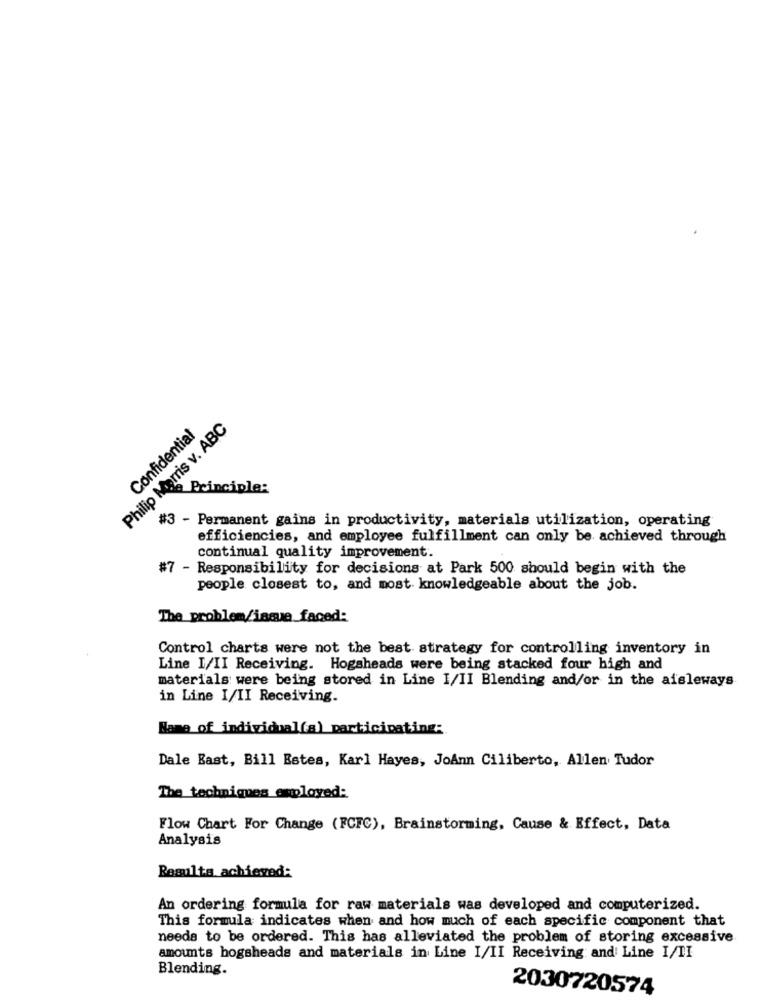
Philip Morris v. ABC
Confidential
Principle:
#3 - Permanent gains in productivity, materials utilization, operating
efficiencies, and employee fulfillment can only be achieved through
continual quality improvement.
#7 - Responsibility for decisions at Park 500 should begin with the
people closest to, and most knowledgeable about the job.
The problem/issue_faced:
Control charts were not the best strategy for controlling inventory in
Line I/II Receiving. Hogsheads were being stacked four high and
materials were being stored in Line I/II Blending and/or in the aisleways
in Line I/II Receiving.
Name of individual(a) participating:
Dale East, Bill Estes, Karl Hayes, JoAnn Ciliberto, Allen Tudor
The techniques employed:
Flow Chart For Change (FCFC), Brainstorming, Cause & Effect, Data
Analysis
Resulta achieved:
An ordering formula for raw materials was developed and computerized.
This formula indicates when and how much of each specific component that
needs to be ordered. This has alleviated the problem of storing excessive
amounts hogsheads and materials in Line I/II Receiving and Line I/II
Blending.
2030720574